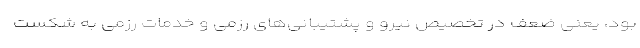
بود، یعنی ضعف در تخصیص نیرو و پشتیبانی‌های رزمی و خدمات رزمی به شکست